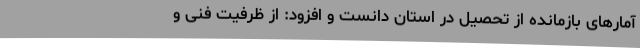
آمارهای بازمانده از تحصیل در استان دانست و افزود: از ظرفیت فنی و